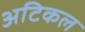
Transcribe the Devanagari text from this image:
अटिकल